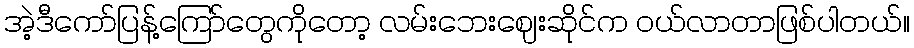
အဲ့ဒီကော်ပြန့်ကြော်တွေကိုတော့ လမ်းဘေးဈေးဆိုင်က ဝယ်လာတာဖြစ်ပါတယ်။